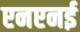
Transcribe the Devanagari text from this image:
एनएनई